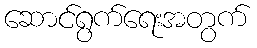
ဆောင်ရွက်ရေးအတွက်